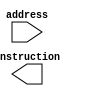
`timescale 1ns / 1ps
//////////////////////////////////////////////////////////////////////////////////
// Company: 
// Engineer: 
// 
// Design Name: 
// Module Name: instrMemory
// Project Name: 
// Target Devices: 
// Tool Versions: 
// Description: 
// 
// Dependencies: 
// 
// Revision:
// Revision 0.01 - File Created
// Additional Comments:
// 
//////////////////////////////////////////////////////////////////////////////////


module instrMemory(
        input [15:0] address,
        output [15:0] instruction
    );
endmodule